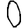
Digit: 0